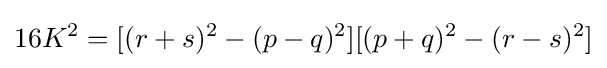
16K^{2}=[(r+s)^{2}-(p-q)^{2}][(p+q)^{2}-(r-s)^{2}]